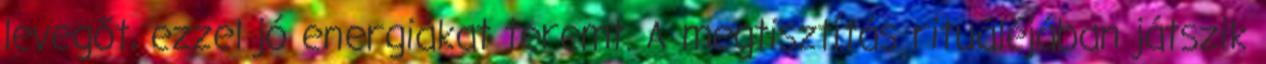
levegőt, ezzel jó energiákat teremt. A megtisztítás rituáléjában játszik